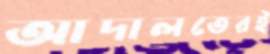
আদালতেরই